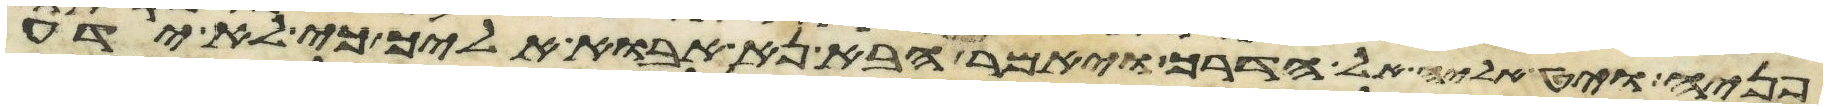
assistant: פניה ויט אליה אל הדרך ויאמר הבא נא אבוא אליך כי לא ידע